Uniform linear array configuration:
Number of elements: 48
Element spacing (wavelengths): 0.5
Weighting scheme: cosine
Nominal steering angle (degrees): -45
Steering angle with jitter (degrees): -45.455
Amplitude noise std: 0.05
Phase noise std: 0.05

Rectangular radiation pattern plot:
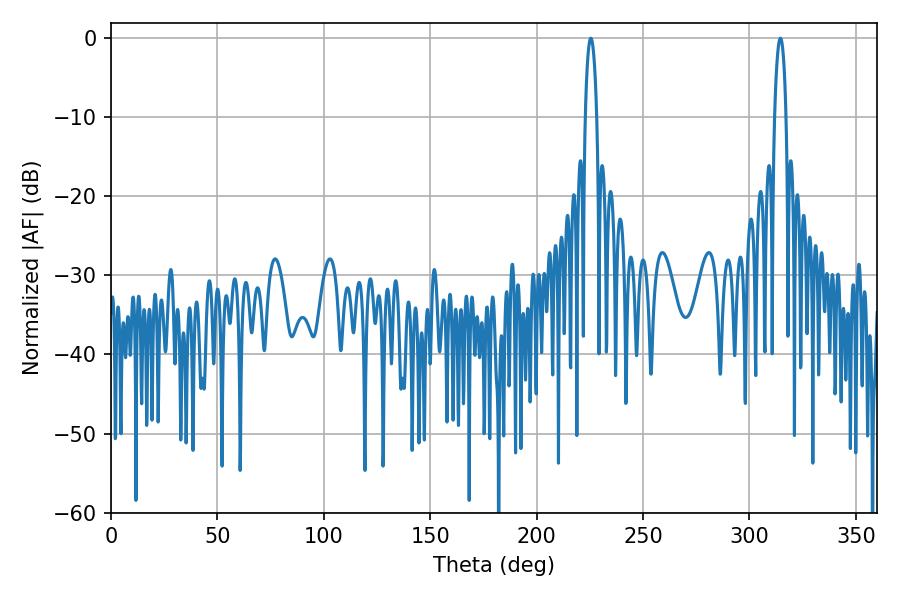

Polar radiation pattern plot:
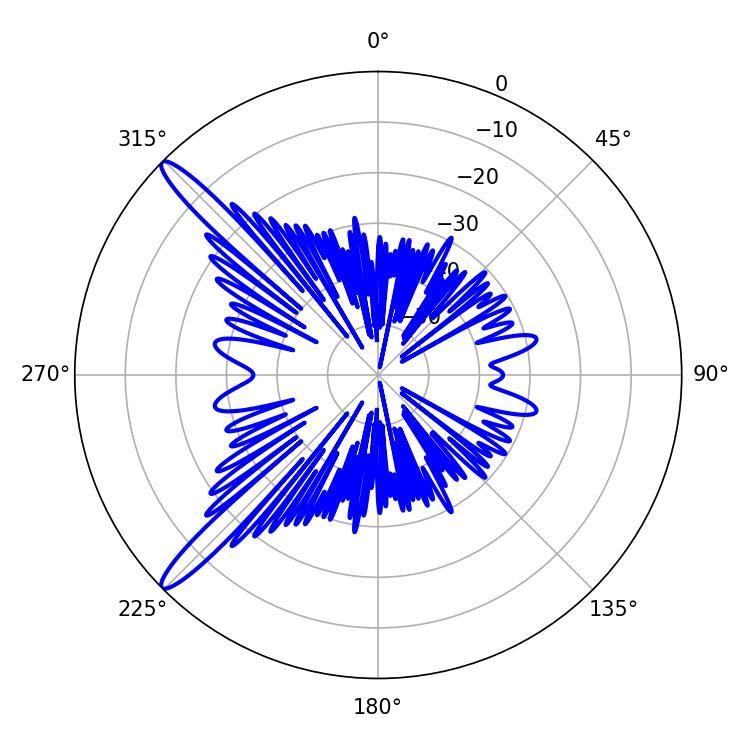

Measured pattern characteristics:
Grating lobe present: FALSE
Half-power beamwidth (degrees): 3.06
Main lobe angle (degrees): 314.46